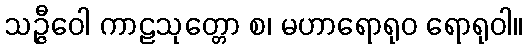
သဉ္ဇီဝေါ ကာဠသုတ္တော စ၊ မဟာရောရုဝ ရောရုဝါ။